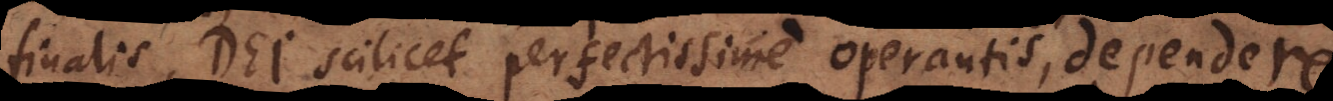
finalis, Dei scilicet perfectissime operantis, dependere;